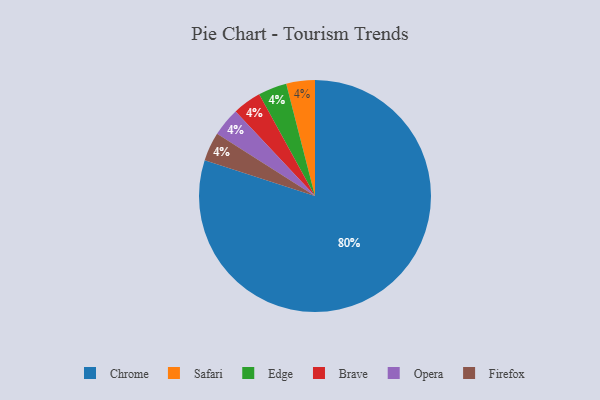
{"axis": {"x": "Category", "y": "Percentage"}, "legend": ["Brave", "Chrome", "Edge", "Firefox", "Opera", "Safari"], "data": [{"x": "Safari", "y": 4, "type": "Safari"}, {"x": "Edge", "y": 4, "type": "Edge"}, {"x": "Brave", "y": 4, "type": "Brave"}, {"x": "Chrome", "y": 80, "type": "Chrome"}, {"x": "Opera", "y": 4, "type": "Opera"}, {"x": "Firefox", "y": 4, "type": "Firefox"}]}